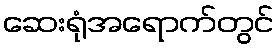
ဆေးရုံအရောက်တွင်